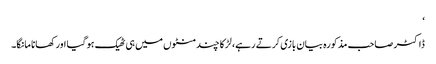
‘
ڈاکٹر صاحب مذکورہ بیان بازی کرتے رہے، لڑکا چند منٹوں میں ہی ٹھیک ہو گیا اور کھانا مانگا۔